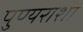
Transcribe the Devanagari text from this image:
पुण्यराशी